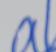
Signature authenticity: forged